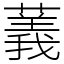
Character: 䕏